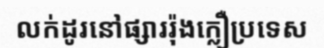
លក់ដូរនៅផ្សាររ៉ុងក្លឿប្រទេស